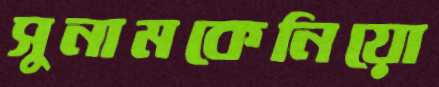
সুনামকেনিয়ো